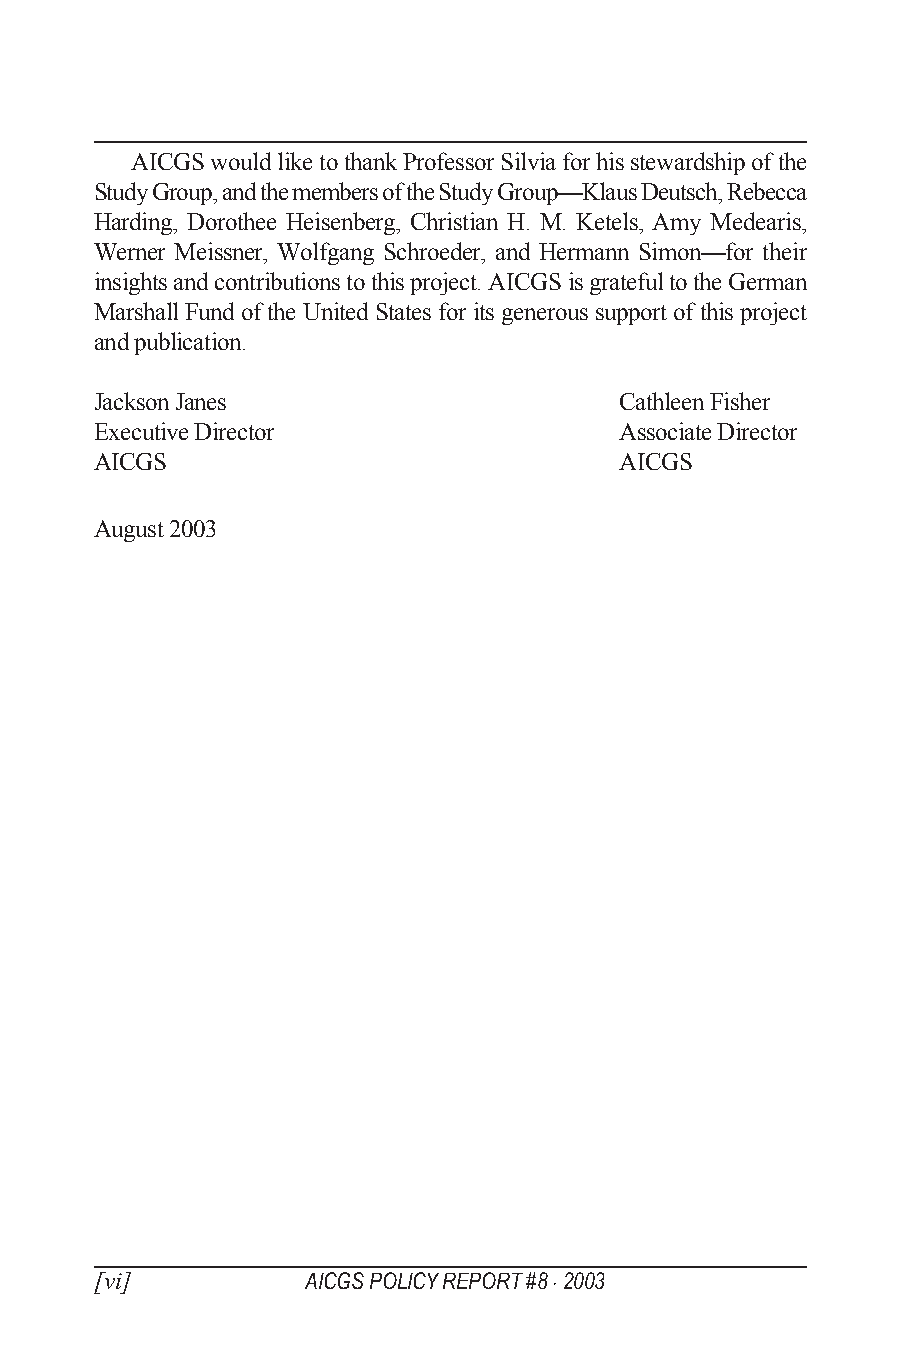
AICGS would like to thank Professor Silvia for his stewardship of the
 Study Group, and the members of the Study Group—Klaus Deutsch, Rebecca
 Harding, Dorothee Heisenberg, Christian H. M. Ketels, Amy Medearis,
 Werner Meissner, Wolfgang Schroeder, and Hermann Simon—for their
 insights and contributions to this project. AICGS is grateful to the German
 Marshall Fund of the United States for its generous support of this project
 and publication.
 Jackson Janes                      Cathleen Fisher
 Executive Director                 Associate Director
 AICGS                              AICGS
 August 2003
 [vi]          AICGS POLICY REPORT #8 · 2003